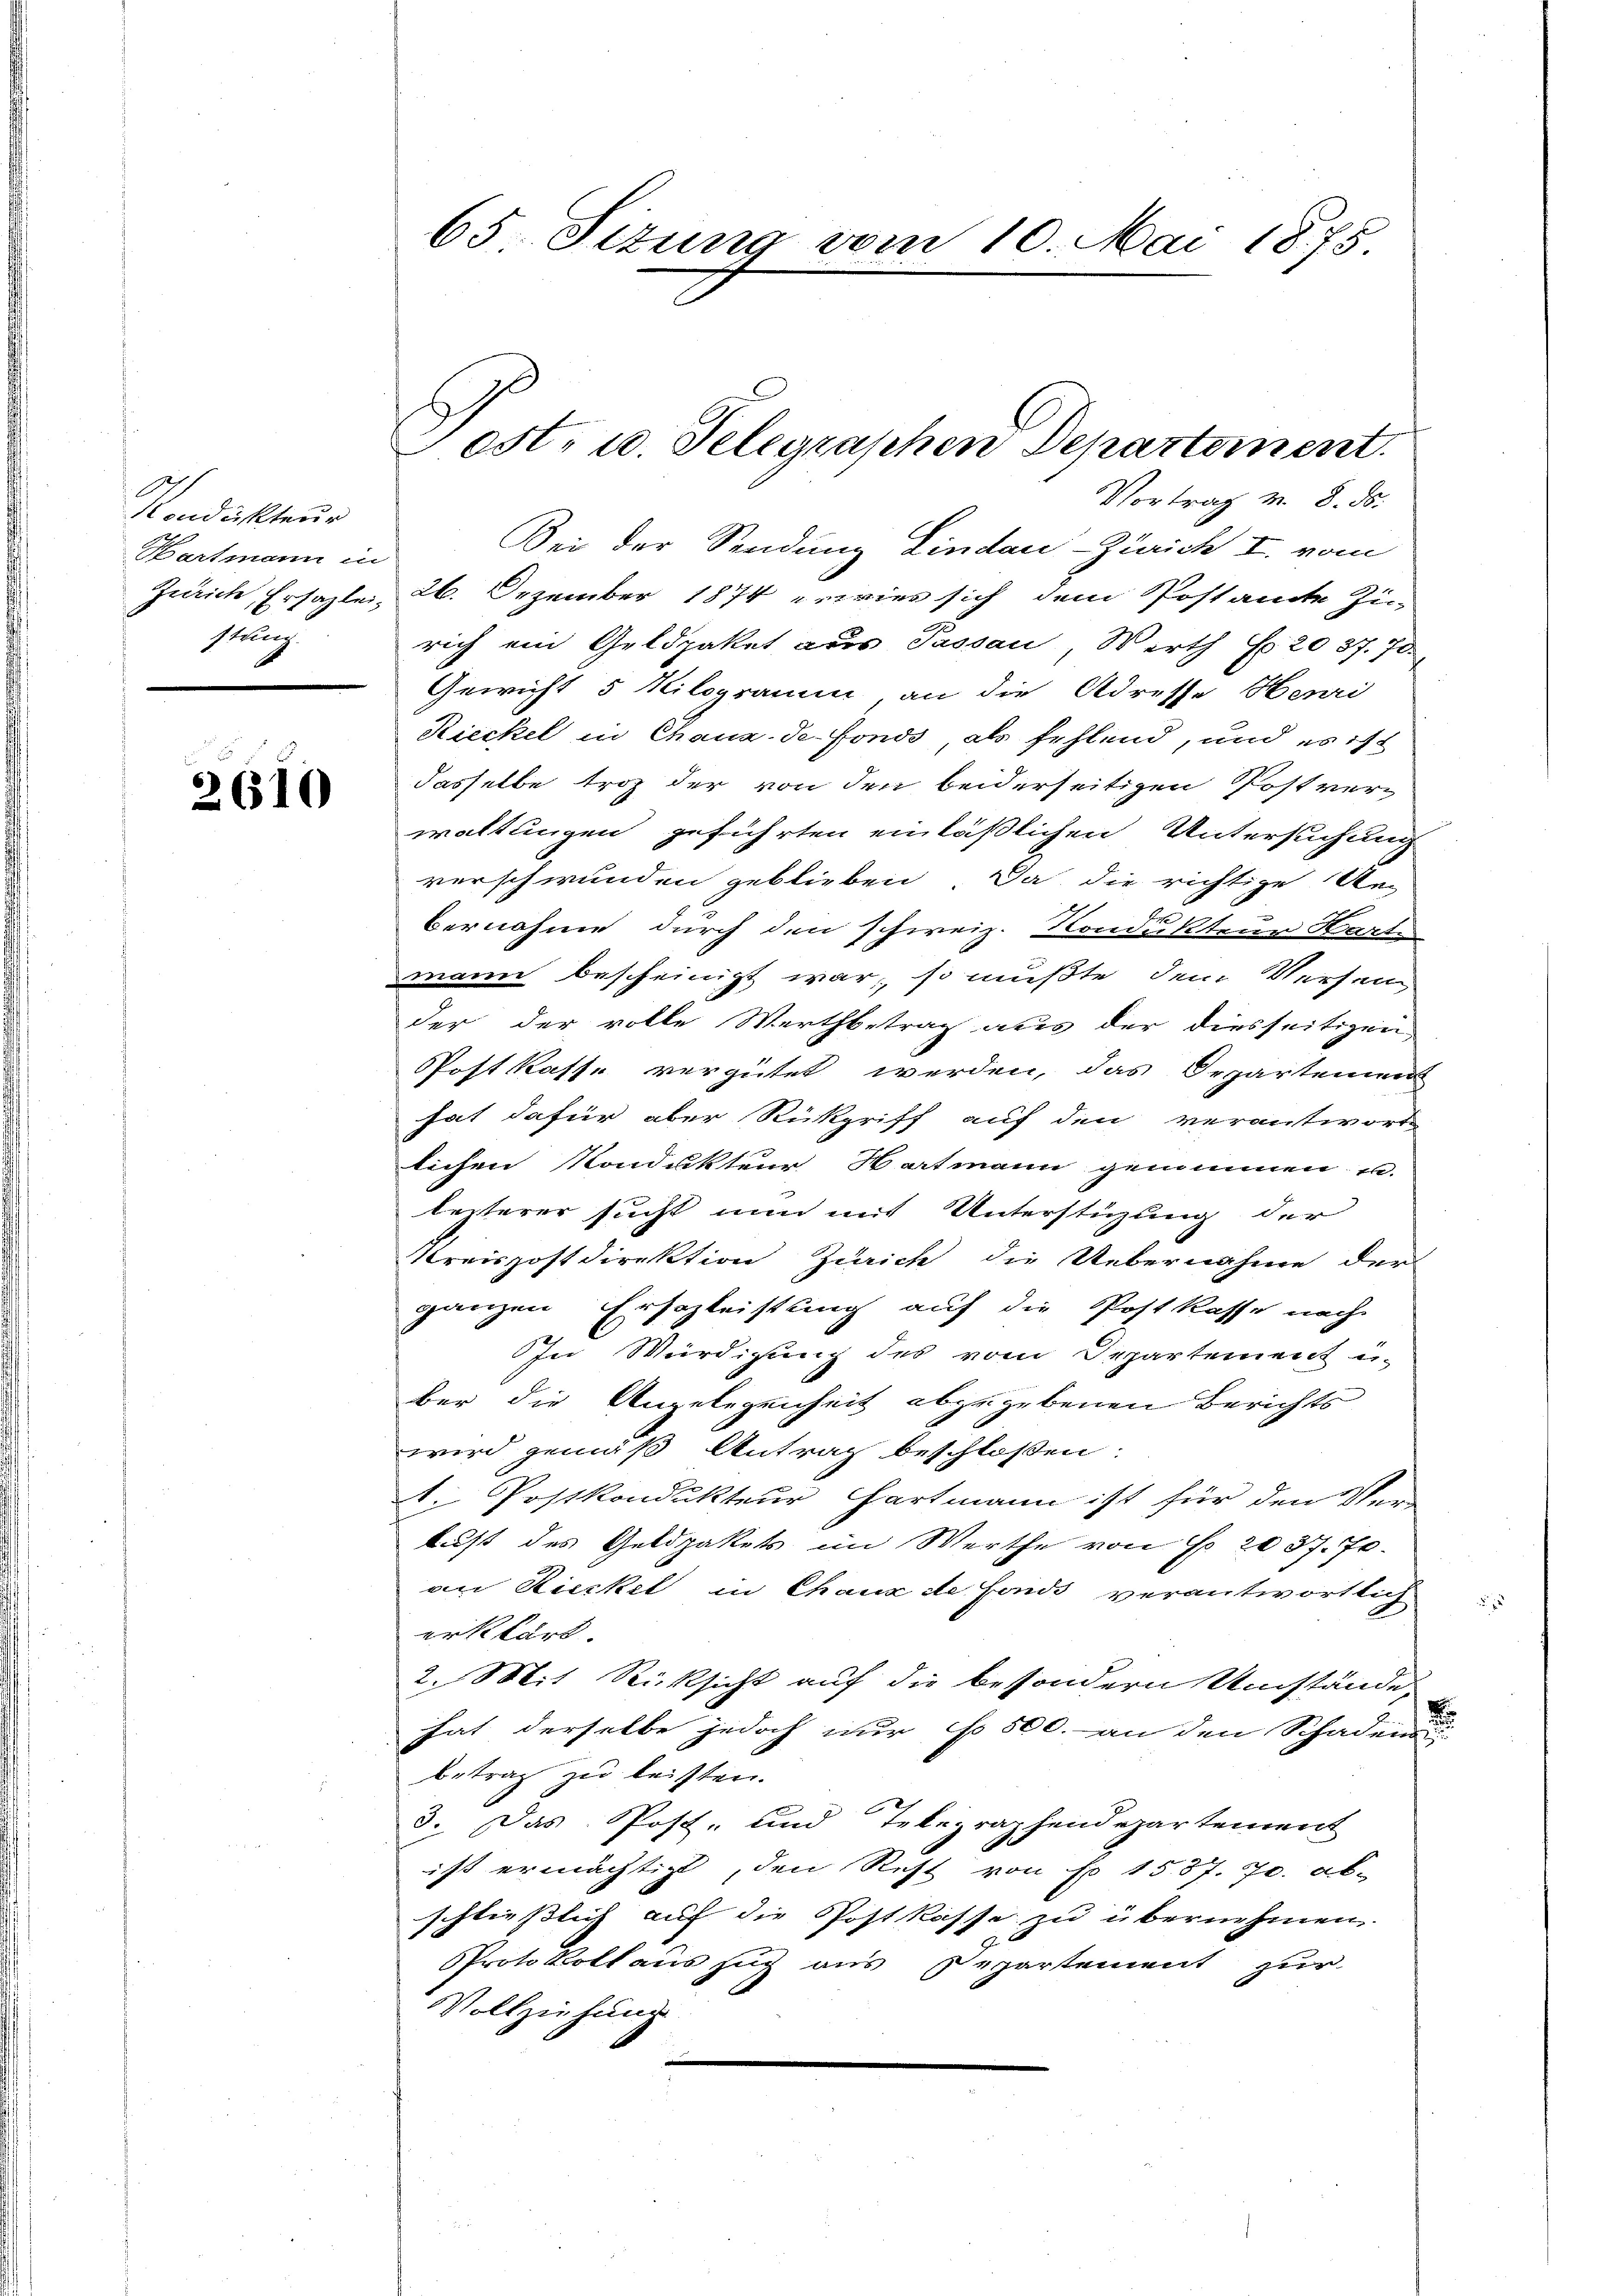
Kondukteur
Hartmann in
stung

2610

Vortrag v. 8. ds.
Bei der Sendung Lindau-Zürich I. vom
Zürich Ersazlei, 26. Dezember 1874 erwies sich dem Postamte Zin
rich ein Geldpaket aus Passau Werth §. 2037. 70.
Gewicht 5 Kilogramm, an die Adresse Henri
Rieckel in Chaux-de-Fonds als fehlend, und es ist
dasselbe troz der von den beiderseitigen Postverwaltungen geführten einläßlichen Untersuchung
verschwunden geblieben. Da die richtige Unbernahme durch den schweiz. Kondukteur Harte
mann bescheinigt war, so mußte dem Versan
der der volle Werthbetrag aus der diesseitigen
Postkasse vergütet werden, das Departemen
hat dafür aber Rückgriff auf den verantwort
lichen Kondukteur Hartmann genommen in
lezterer sucht nun mit Unterstüzung der
Kreispostdirektion Zürich die Uebernahme der
ganzen Erschleistung auf die Postkasse nach
In Würdigung des vom Departement u.
ber die Angelegenheit abzugebenen Berichts
wird gemäß Antrag beschlossen:
A. Postkondukteur Hartmann ist für den Ver-
tust des Geldpakets im Werthe von No. 2037. 70.
vn Rieckel in Chaux de fonds verantwortlich
erklärt.
2. Mit Rücksicht auf die besondern Umstände
hat derselbe jedoch nur No 500. an den Schaden
betrag zu leisten.
3. Das Post- und Telegraphendepartement
ist ermächtigt, den Rest von No 1587. J. ab-
schließlich auf die Postkasse zu übernehmen.
Protokoll auszug aus Departement zur
Vollziehung

65. Situng vom 10. Mai 1875

Post- u. Telegraphen Departement.